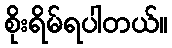
စိုးရိမ်ရပါတယ်။